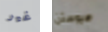
غير هيوستن